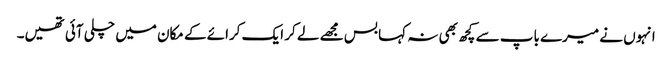
انہوں نے میرے باپ سے کچھ بھی نہ کہا بس مجھے لے کر ایک کرائے کے مکان میں چلی آئی تھیں۔